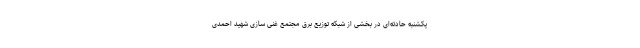
یکشنبه حادثه‌ای در بخشی از شبکه توزیع برق مجتمع غنی سازی شهید احمدی